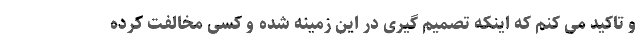
و تاکید می کنم که اینکه تصمیم گیری در این زمینه شده و کسی مخالفت کرده